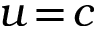
u \! = \! c